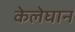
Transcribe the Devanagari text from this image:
केलेघान